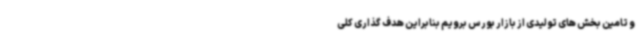
و تامین بخش های تولیدی از بازار بورس برویم بنابراین هدف گذاری کلی